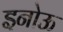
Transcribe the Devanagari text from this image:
इनोऊ